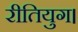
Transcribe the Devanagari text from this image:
रीतियुग।